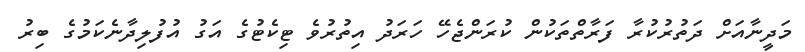
މަދީނާއަށް ދަތުރުކުރާ ފަރާތްތަކުން ކުރަންޖެހޭ ހަރަދު އިތުރުވެ ޓިކެޓުގެ އަގު އުފުލިދާނެކަމުގެ ބިރު